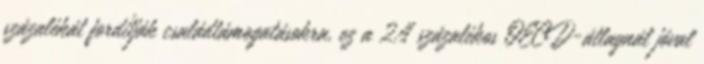
százalékát fordítják családtámogatásokra, ez a 2,4 százalékos OECD-átlagnál jóval